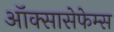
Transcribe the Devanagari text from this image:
ऑक्सासेफेम्स